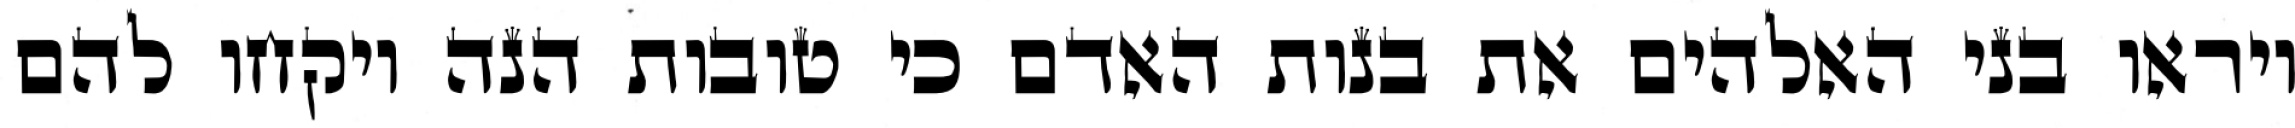
ויראו בני האלהים את בנות האדם כי טובות הנה ויקחו להם